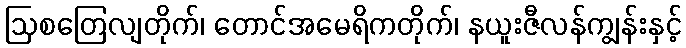
ဩစတြေလျတိုက်၊ တောင်အမေရိကတိုက်၊ နယူးဇီလန်ကျွန်းနှင့်